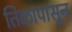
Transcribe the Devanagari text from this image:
तिळापासून